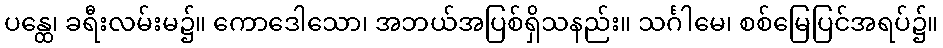
ပန္ထေ၊ ခရီးလမ်းမ၌။ ကောဒေါသော၊ အဘယ်အပြစ်ရှိသနည်း။ သင်္ဂါမေ၊ စစ်မြေပြင်အရပ်၌။